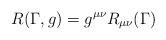
LaTeX: \begin{align*}R(\Gamma,g)=g^{\mu\nu}R_{\mu\nu}(\Gamma)\end{align*}